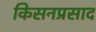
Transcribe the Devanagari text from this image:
किसनप्रसाद